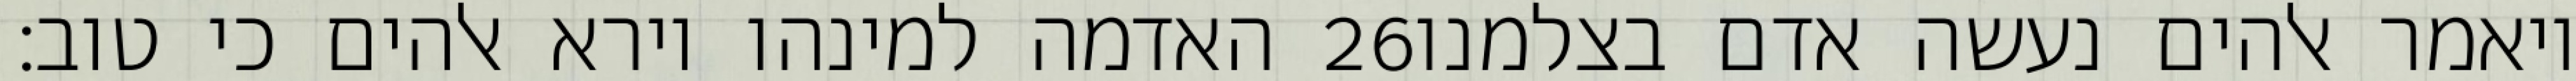
האדמה למינהו וירא אלהים כי טוב׃ ‎26‏ ויאמר אלהים נעשה אדם בצלמנו